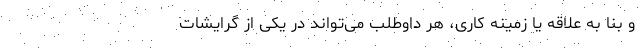
و بنا به علاقه یا زمینه کاری، هر داوطلب می‌تواند در یکی از گرایشات